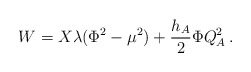
\begin{align*}W = X\lambda(\Phi^2 - \mu^2) + {h_A\over 2}\Phi Q_A^2\, .\end{align*}